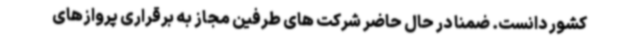
کشور دانست. ضمنا در حال حاضر شرکت های طرفین مجاز به برقراری پروازهای